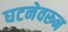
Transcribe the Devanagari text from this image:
घटनेवरून